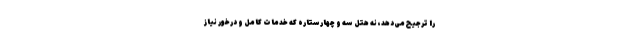
را ترجیح می‌دهد، نه هتل سه و چهارستاره که خدمات کامل و درخور نیاز